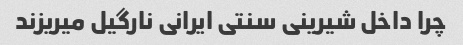
چرا داخل شیرینی سنتی ایرانی نارگیل میریزند